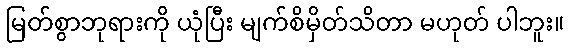
မြတ်စွာဘုရားကို ယုံပြီး မျက်စိမှိတ်သိတာ မဟုတ် ပါဘူး။